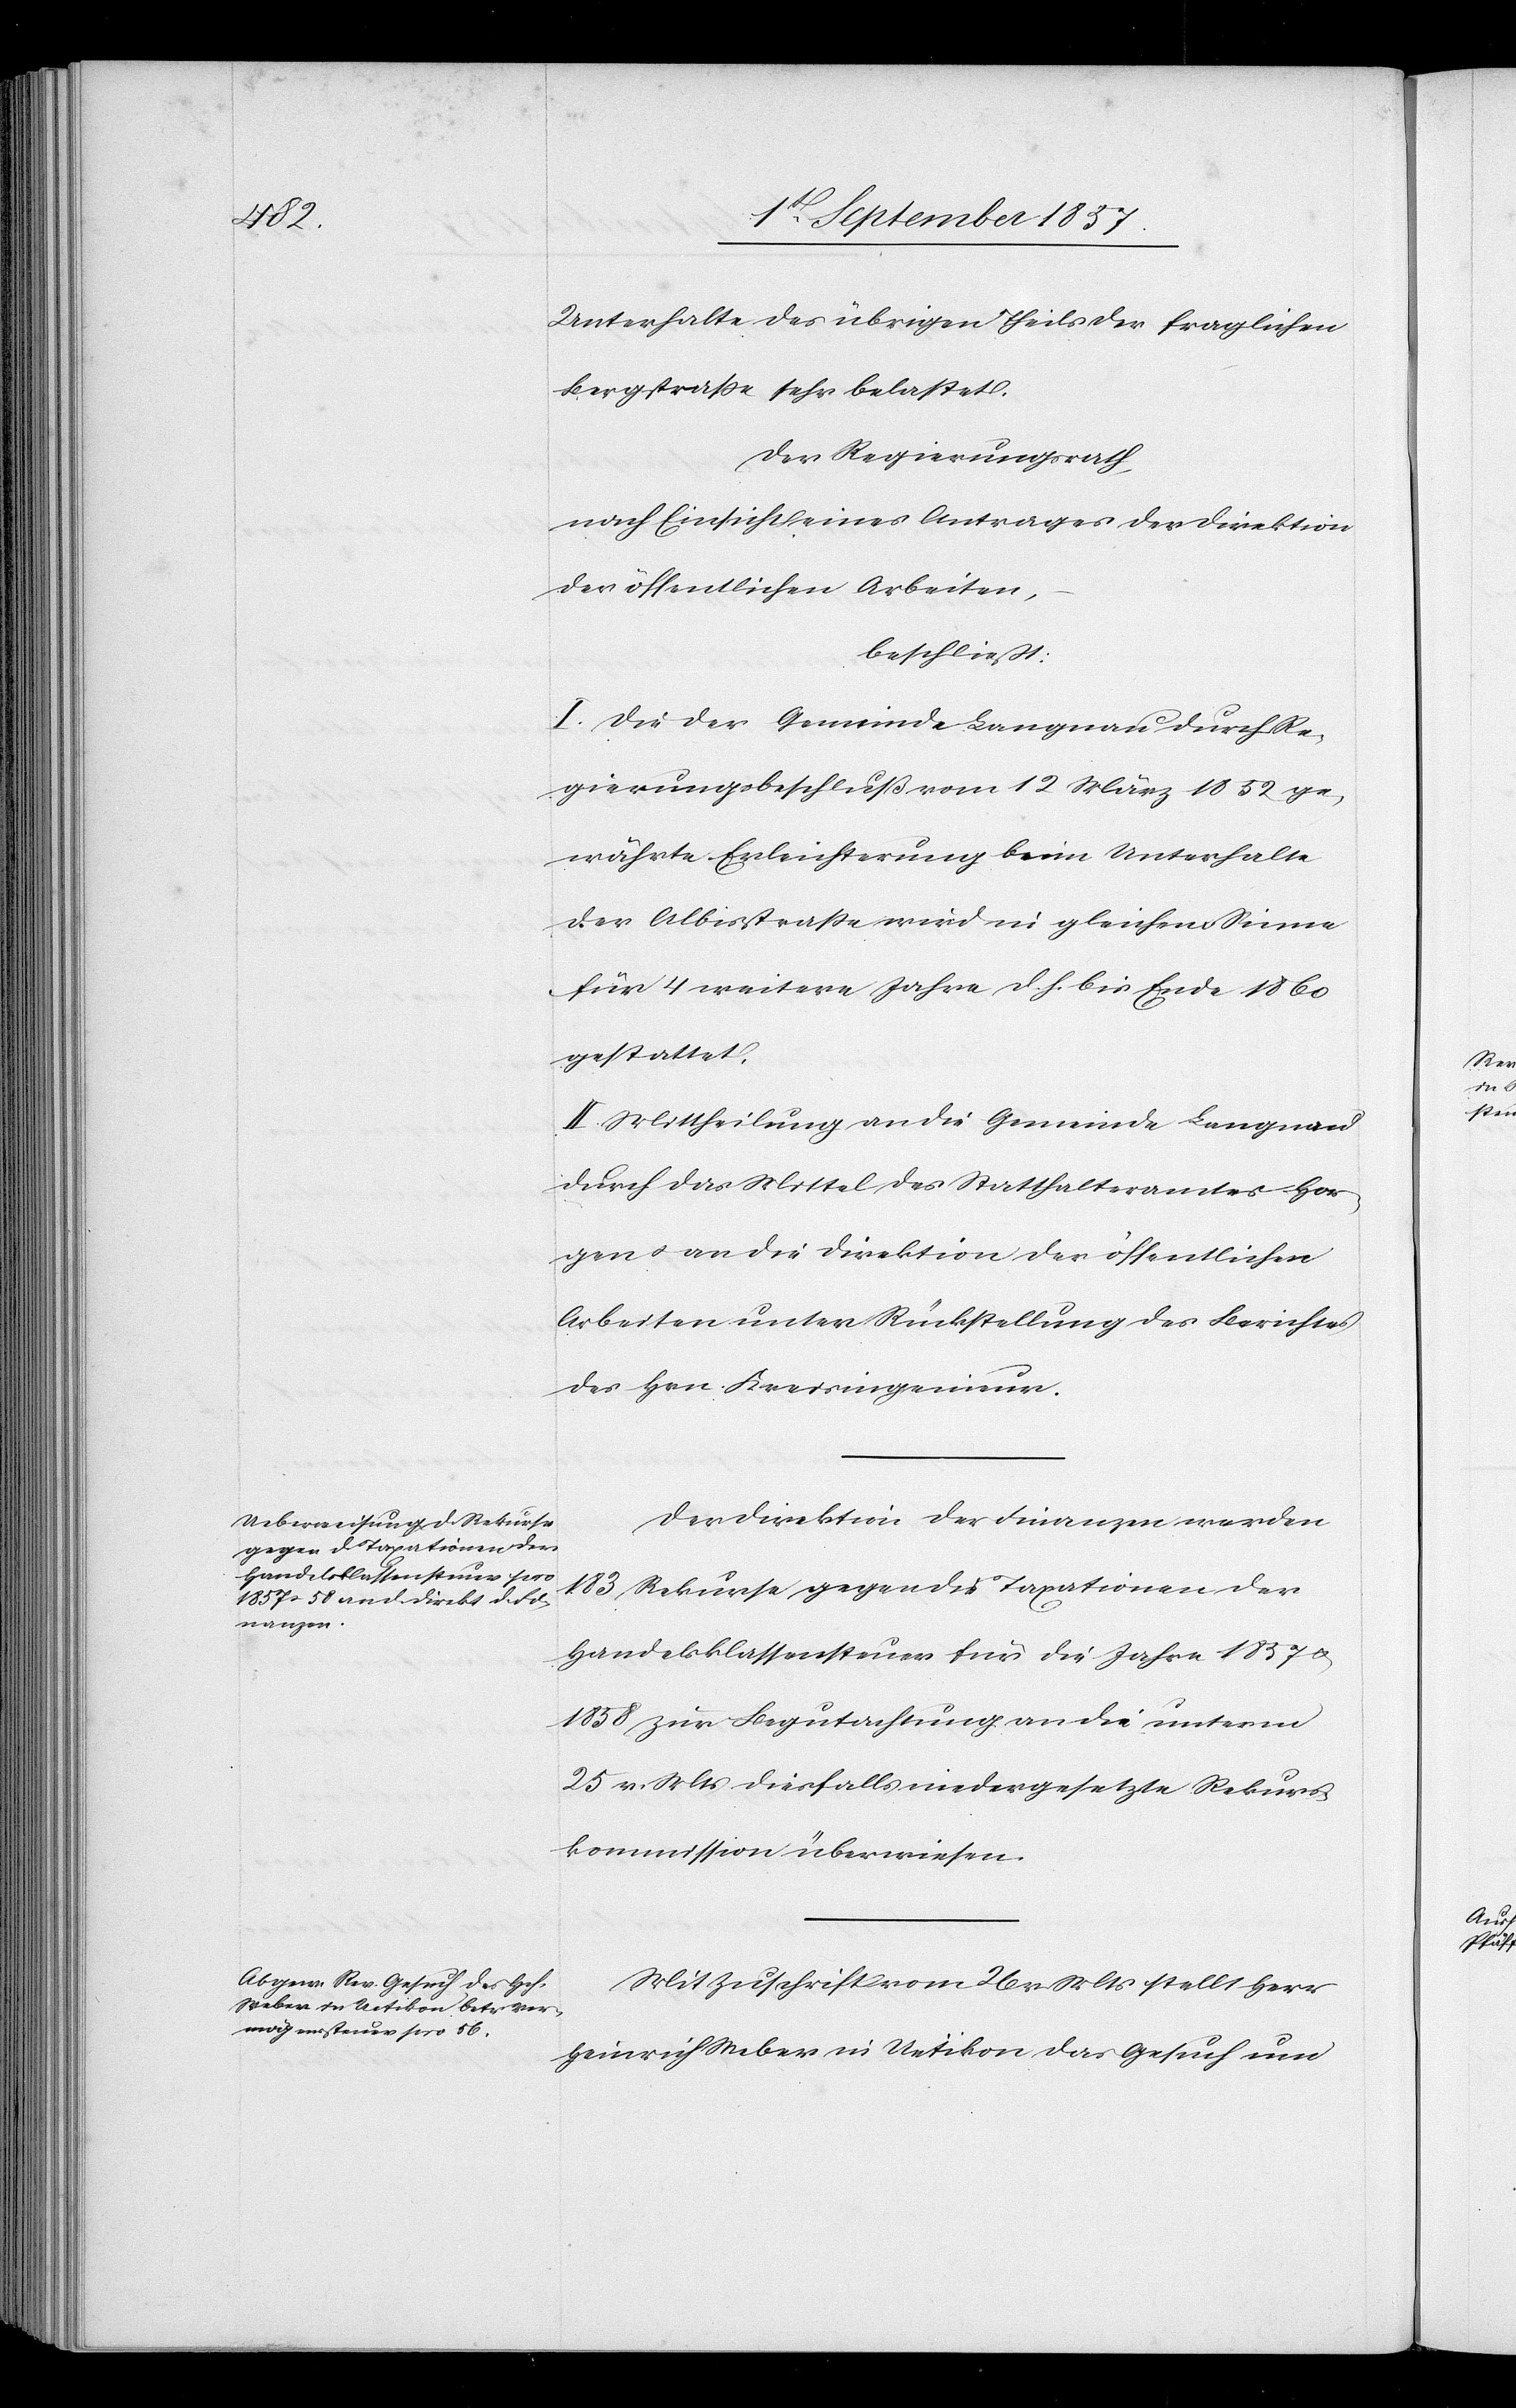
Unterhalte des übrigen Theiles der fraglichen
Bergstraße sehr belastet.
Der Regierungsrath,
nach Einsicht eines Antrages der Direktion
der öffentlichen Arbeiten,
beschließt:
I. Die der Gemeinde Langnau durch Re¬
gierungsbeschluß vom 12 März 1852 ge¬
währte Erleichterung beim Unterhalte
der Albisstraße wird in gleichem Sinne
für 4 weitere Jahre d. h. bis Ende 1860
gestattet.
II. Mittheilung an die Gemeinde Langnau
durch das Mittel des Statthalteramtes Hor¬
gen & an die Direktion der öffentlichen
Arbeiten unter Rückstellung des Berichtes
des Hrn. Kreisingenieur.
Der Direktion der Finanzen werden
183 Rekurse gegen die Taxationen der
Handelsklassensteuer für die Jahre 1857 &
1858 zur Begutachtung an die unterm
25 v. Mts. diesfalls niedergesetzte Rekurs¬
kommission überwiesen.
Mit Zuschrift vom 26 v. Mts. stellt Herr
Heinrich Weber in Uetikon das Gesuch um